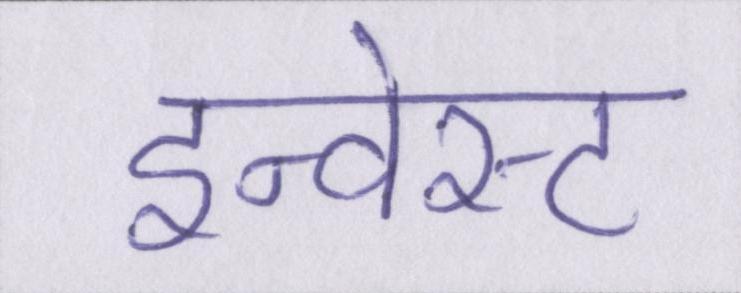
इन्वेस्ट